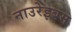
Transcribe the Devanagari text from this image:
नाउरेइबम